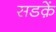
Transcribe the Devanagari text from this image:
सडक़ें